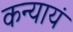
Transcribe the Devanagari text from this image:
कन्यायं